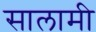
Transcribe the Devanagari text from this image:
सालामी